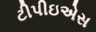
ટીપીઇએસ